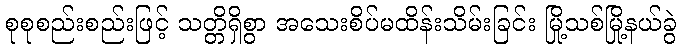
စုစုစည်းစည်းဖြင့် သတ္တိရှိစွာ အသေးစိပ်မထိန်းသိမ်းခြင်း မြို့သစ်မြို့နယ်ခွဲ